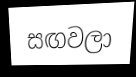
සඟවලා